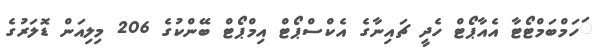
ަހަމްބަމްޓޯޓާ އެއާޕޯޓް ހެދީ ޗައިނާގެ އެކްސްޕޯޓް އިމްޕޯޓް ބޭންކުގެ 206 މިލިއަން ޑޮލަރުގެ